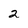
Character: 2